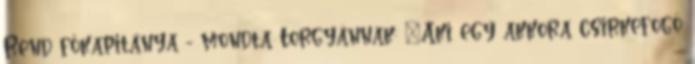
Rend főkapitánya - mondta Torgyánnak: „Aki egy akkora csirkefogó